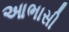
આભાસી